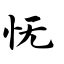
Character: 怃